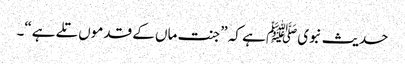
حدیث نبویﷺ ہے کہ ”جنت ماں کے قدموں تلے ہے“۔